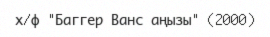
х/ф "Баггер Ванс аңызы" (2000)